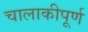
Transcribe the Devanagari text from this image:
चालाकीपूर्ण